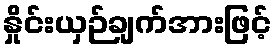
နှိုင်းယှဉ်ချက်အားဖြင့်